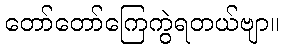
တော်တော်ကြေကွဲရတယ်ဗျာ။